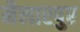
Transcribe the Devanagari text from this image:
मैलारपुर